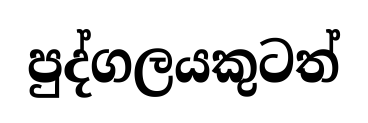
පුද්ගලයකුටත්